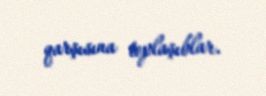
qarşısına toplaşıblar.